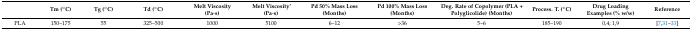
<table><thead><tr><td></td><td><b>Tm (°C)</b></td><td><b>Tg (°C)</b></td><td><b>Td (°C)</b></td><td><b>Melt Viscosity (Pa·s)</b></td><td><b>Melt Viscosity’ (Pa·s)</b></td><td><b>Pd 50% Mass Loss (Months)</b></td><td><b>Pd 100% Mass Loss (Months)</b></td><td><b>Deg. Rate of Copolymer (PLA + Polyglicolide) (Months)</b></td><td><b>Process. T. (°C)</b></td><td><b>Drug Loading Examples (% w/w)</b></td><td><b>Reference</b></td></tr></thead><tbody><tr><td>PLA</td><td>150–175</td><td>55</td><td>325–500</td><td>1000</td><td>5100</td><td>6–12</td><td>&gt;36</td><td>5–6</td><td>185–190</td><td>0,4; 1,9</td><td>[7,31,32,33]</td></tr></tbody></table>